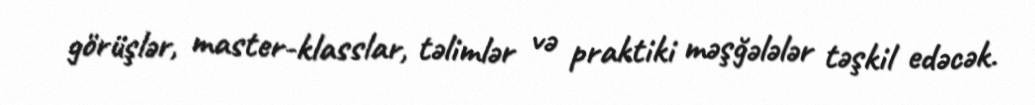
görüşlər, master-klasslar, təlimlər və praktiki məşğələlər təşkil edəcək.